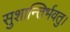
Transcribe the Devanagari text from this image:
सुशान्तिर्भवतु।